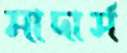
মাদার্স